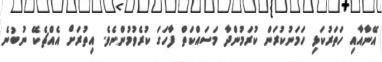
އޭނާއާއި ހަތަރުކަޅި ހަމަނުކުރަން ކުރަމުންދާ މަސައްކަތް ފާހަގަ ކުރެވުމުންނެވެ. އިތުރަށް އެއްޗެކޭ ނުބުނެ